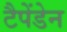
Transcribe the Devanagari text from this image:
टैपेंडेन